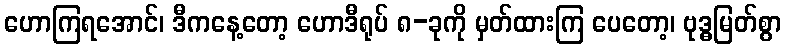
ဟောကြရအောင်၊ ဒီကနေ့တော့ ဟောဒီရုပ် ၈-ခုကို မှတ်ထားကြ ပေတော့၊ ဗုဒ္ဓမြတ်စွာ